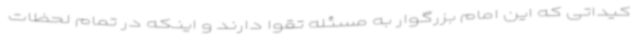
کیداتی که این امام بزرگوار به مسئله تقوا دارند و اینکه در تمام لحظات